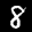
Label: 8